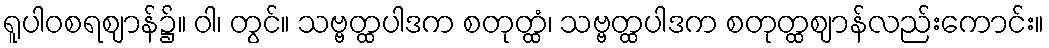
ရူပါဝစရဈာန်၌။ ဝါ၊ တွင်။ သဗ္ဗတ္ထပါဒက စတုတ္ထံ၊ သဗ္ဗတ္ထပါဒက စတုတ္ထဈာန်လည်းကောင်း။